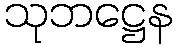
သုဘဋ္ဌေန